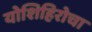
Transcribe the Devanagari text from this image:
योशिहिरोचा